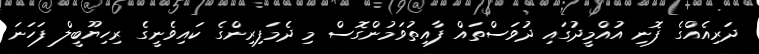
ދަރިއެއްގެ ފޮނި އުއްމީދުގައި ދުވަސްތައް ފާއިތުވަމުންގޮސް މި ދެމަފިރިންގެ ކައިވެނީގެ ރިހިޔޫބީލް ފަހަނަ